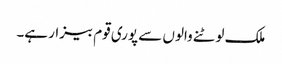
ملک لوٹنے والوں سے پوری قوم بیزار ہے۔